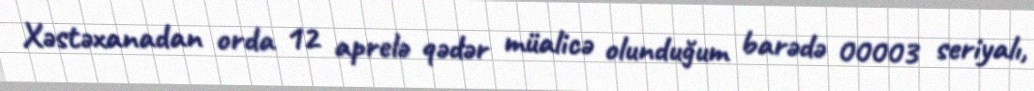
Xəstəxanadan orda 12 aprelə qədər müalicə olunduğum barədə 00003 seriyalı,